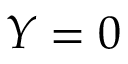
Y = 0